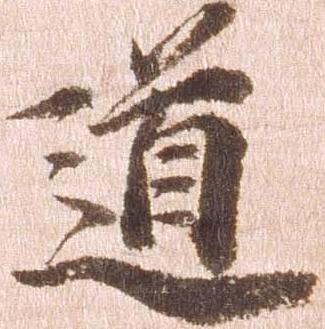
道